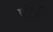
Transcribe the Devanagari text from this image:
पौंडी